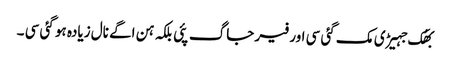
بھُک جہیڑی مک گئی سی اور فیر جاگ پئی بلکہ ہن اگے نال زیادہ ہو گئی سی ۔